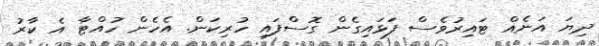
ދިޔަ އަނެއް ޓައިރުވެސް ފަޅައިގެން ގޮސްފައި ހުރިކަން. އެހެން ހުއްޓާ އެ ކާރު